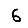
Digit: 6